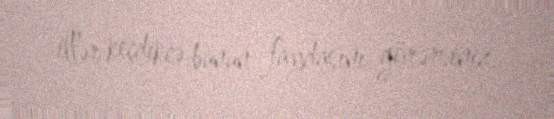
illər keçdikcə bunun faydasını görərsiniz.